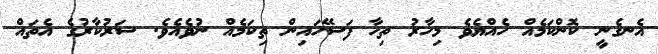
އެނގެނީ ކޮންކަމެއް ހެއްޔެވެ މިހާރު ތިހާ ފަސޭހައިން ތިކަމެއް ނުވެއެވެ. ސަރުކާރުގެ އެތައް